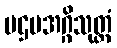
ပဌမအဂ္ဂိသုတ္တံ